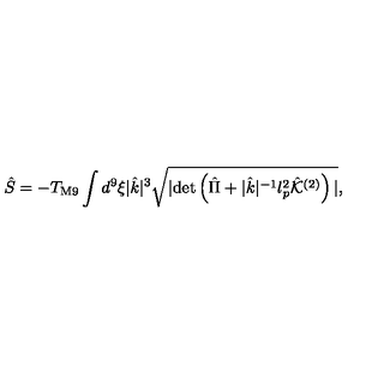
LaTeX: { \hat { S } } = - T _ { \mathrm { M 9 } } \int d ^ { 9 } \xi | { \hat { k } } | ^ { 3 } \sqrt { | \mathrm { d e t } \left( { \hat { \Pi } } + | { \hat { k } } | ^ { - 1 } l _ { p } ^ { 2 } { \hat { \cal K } } ^ { ( 2 ) } \right) | } , \,